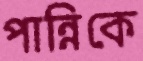
পান্নিকে